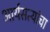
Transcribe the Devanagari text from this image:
आर्यसत्यांचा